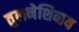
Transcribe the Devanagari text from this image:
तुलनेशिवाय